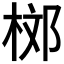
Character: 𣒒